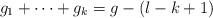
LaTeX: \begin{align*} g_1+\dots+g_k = g-(l-k+1)\end{align*}